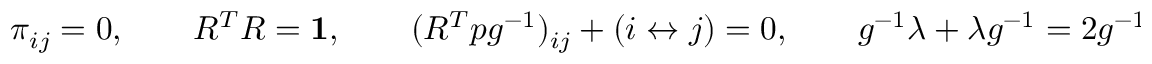
\begin{array} { r } { \pi _ { i j } = 0 , \qquad R ^ { T } R = { \bf 1 } , \qquad ( R ^ { T } p g ^ { - 1 } ) _ { i j } + ( i \leftrightarrow j ) = 0 , \qquad g ^ { - 1 } \lambda + \lambda g ^ { - 1 } = 2 g ^ { - 1 } p ^ { T } p g ^ { - 1 } . } \end{array}